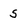
Character: s